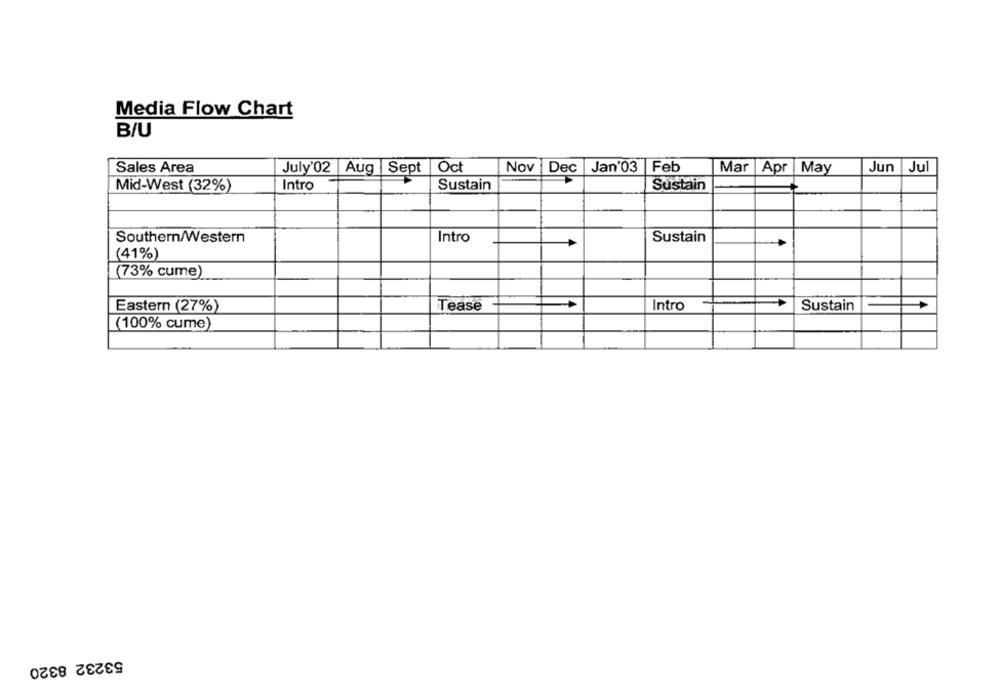
Media Flow Chart
B/U
Sales Area
July'02 Aug
Sept |Oct
Nov
Dec
Jan'03
Feb
Mar Apr |May
Jun Jul
Intro
Sustain
Sustain
Mid-West (32%)
Southern/Western
Intro
Sustain
(41%)
(73% cume)
Eastern (27%)
Tease
Intro
Sustain
(100% cume
53232 8320